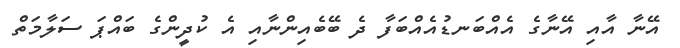
އޭނާ އާއި އޭނާގެ އެއްބަނޑުއެއްބަފާ ދެ ބޭބެއިންނާއި އެ ކުދީންގެ ބައްޕަ ސަލާމަތް